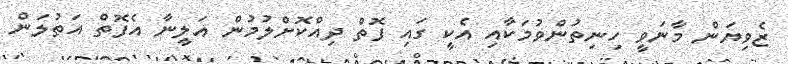
ޒެވިޔަން މާނަވީ ހިނިތުންވުމަކާއި އެކީ ގައި ފޮތް ދިއްކޮށްލުމުން އަލީނާ އެފޮތް އަތުލަން